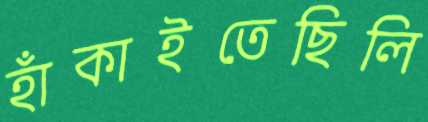
হাঁকাইতেছিলি